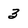
Character: 3